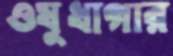
ওষুধাগার